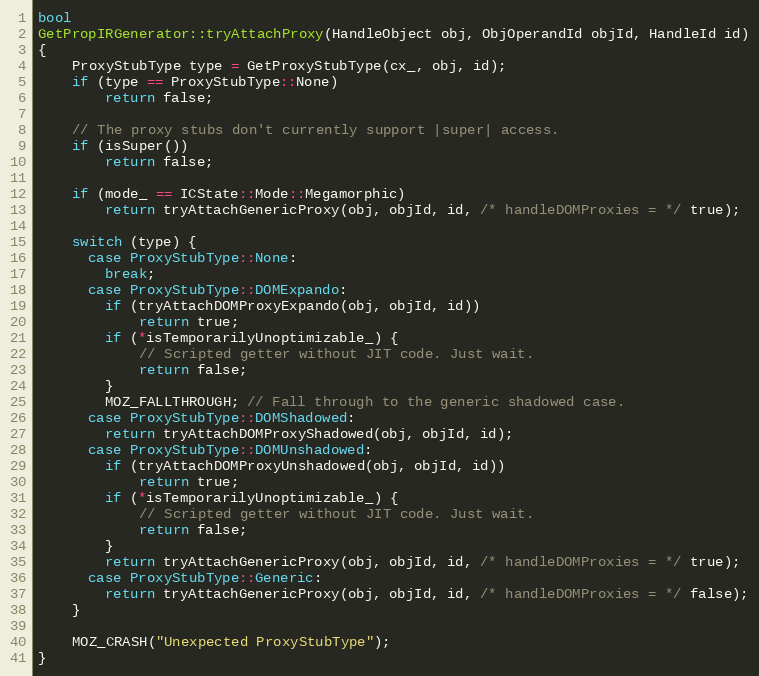
Language: C++
bool
GetPropIRGenerator::tryAttachProxy(HandleObject obj, ObjOperandId objId, HandleId id)
{
    ProxyStubType type = GetProxyStubType(cx_, obj, id);
    if (type == ProxyStubType::None)
        return false;

    // The proxy stubs don't currently support |super| access.
    if (isSuper())
        return false;

    if (mode_ == ICState::Mode::Megamorphic)
        return tryAttachGenericProxy(obj, objId, id, /* handleDOMProxies = */ true);

    switch (type) {
      case ProxyStubType::None:
        break;
      case ProxyStubType::DOMExpando:
        if (tryAttachDOMProxyExpando(obj, objId, id))
            return true;
        if (*isTemporarilyUnoptimizable_) {
            // Scripted getter without JIT code. Just wait.
            return false;
        }
        MOZ_FALLTHROUGH; // Fall through to the generic shadowed case.
      case ProxyStubType::DOMShadowed:
        return tryAttachDOMProxyShadowed(obj, objId, id);
      case ProxyStubType::DOMUnshadowed:
        if (tryAttachDOMProxyUnshadowed(obj, objId, id))
            return true;
        if (*isTemporarilyUnoptimizable_) {
            // Scripted getter without JIT code. Just wait.
            return false;
        }
        return tryAttachGenericProxy(obj, objId, id, /* handleDOMProxies = */ true);
      case ProxyStubType::Generic:
        return tryAttachGenericProxy(obj, objId, id, /* handleDOMProxies = */ false);
    }

    MOZ_CRASH("Unexpected ProxyStubType");
}